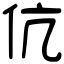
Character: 伉